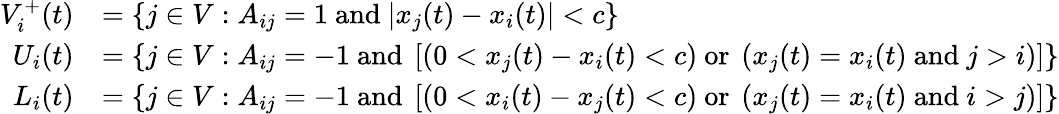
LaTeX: \begin{array}{rl}{V_{i}^{+}(t)}&{=\left\{ j\in V:A_{ij}=1\mathrm{~and~}|x_{j}(t)-x_{i}(t)|<c\right\} }\\ {U_{i}(t)}&{=\left\{ j\in V:A_{ij}=-1\mathrm{~and~}\left[(0<x_{j}(t)-x_{i}(t)<c)\mathrm{~or~}\left(x_{j}(t)=x_{i}(t)\mathrm{~and~}j>i\right)\right]\right\} }\\ {L_{i}(t)}&{=\left\{ j\in V:A_{ij}=-1\mathrm{~and~}\left[(0<x_{i}(t)-x_{j}(t)<c)\mathrm{~or~}\left(x_{j}(t)=x_{i}(t)\mathrm{~and~}i>j\right)\right]\right\} }\end{array}